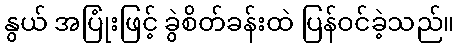
နွယ် အပြုံးဖြင့် ခွဲစိတ်ခန်းထဲ ပြန်ဝင်ခဲ့သည်။